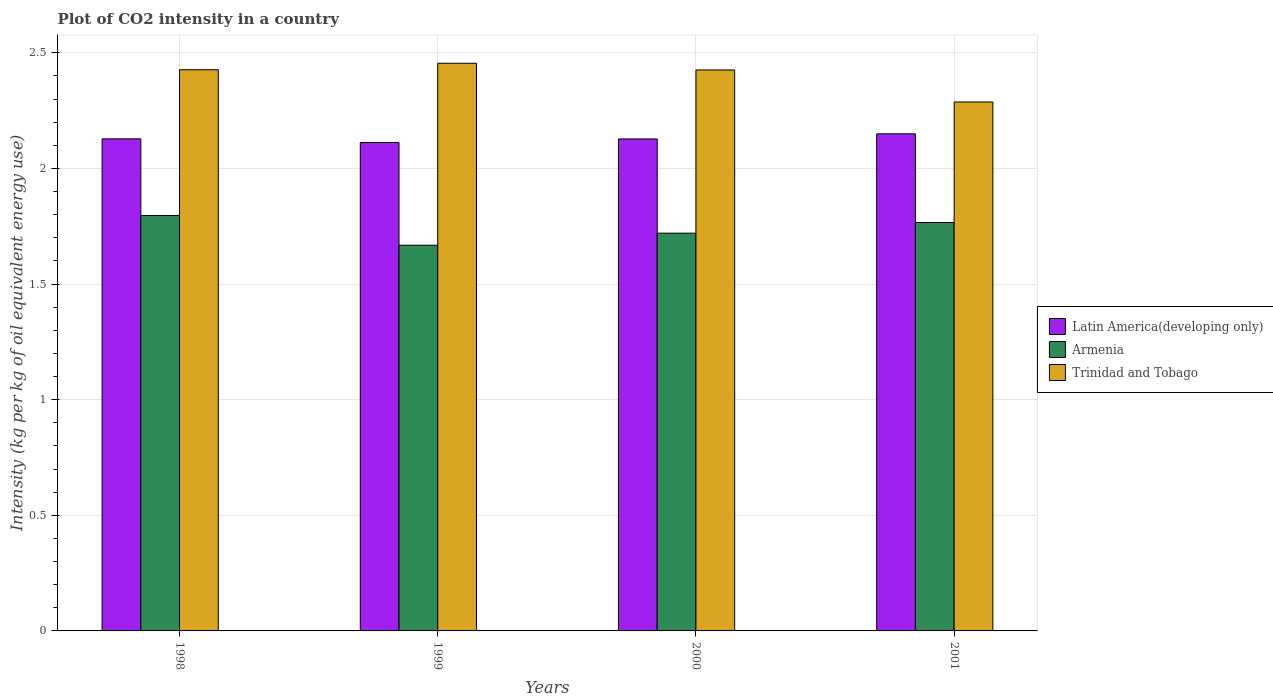
| Years | Latin America(developing only) | Armenia | Trinidad and Tobago |
 | --- | --- | --- | --- |
 | 1998 | 2.13 | 1.8 | 2.43 |
 | 1999 | 2.11 | 1.67 | 2.45 |
 | 2000 | 2.13 | 1.72 | 2.43 |
 | 2001 | 2.15 | 1.77 | 2.29 |